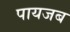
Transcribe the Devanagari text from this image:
पायजब